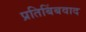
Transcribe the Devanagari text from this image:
प्रतिबिंबवाद